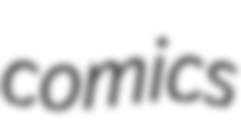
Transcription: comics